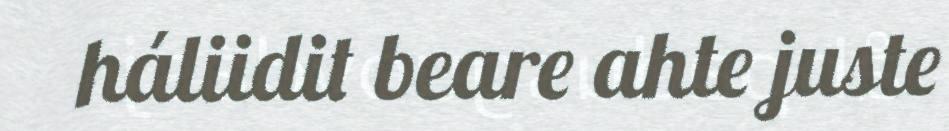
háliidit beare ahte juste